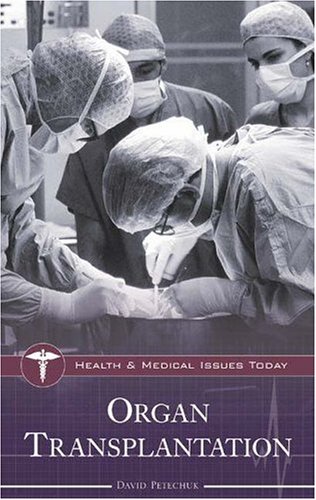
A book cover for Organ Transplantation (Health and Medical Issues Today); David Petechuk; Health, Fitness & Dieting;